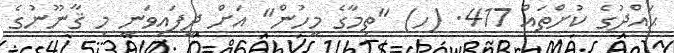
ޙައްދުގެ ކުށްތައް 417. (ހ) "ތިމާގެ މީހުން" އަށް ދީފައިވަނީ މި ޤާނޫނުގެ